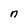
Character: n